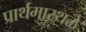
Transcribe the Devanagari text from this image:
प्रार्थमास्थळे